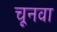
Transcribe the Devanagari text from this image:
चूनवा